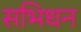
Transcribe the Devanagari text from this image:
सभिधन